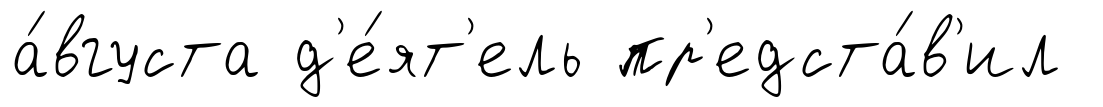
а́вгуста д'е́ят'ель пр'едста́в'ил